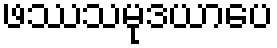
ဖဿသမုဒယာပေ